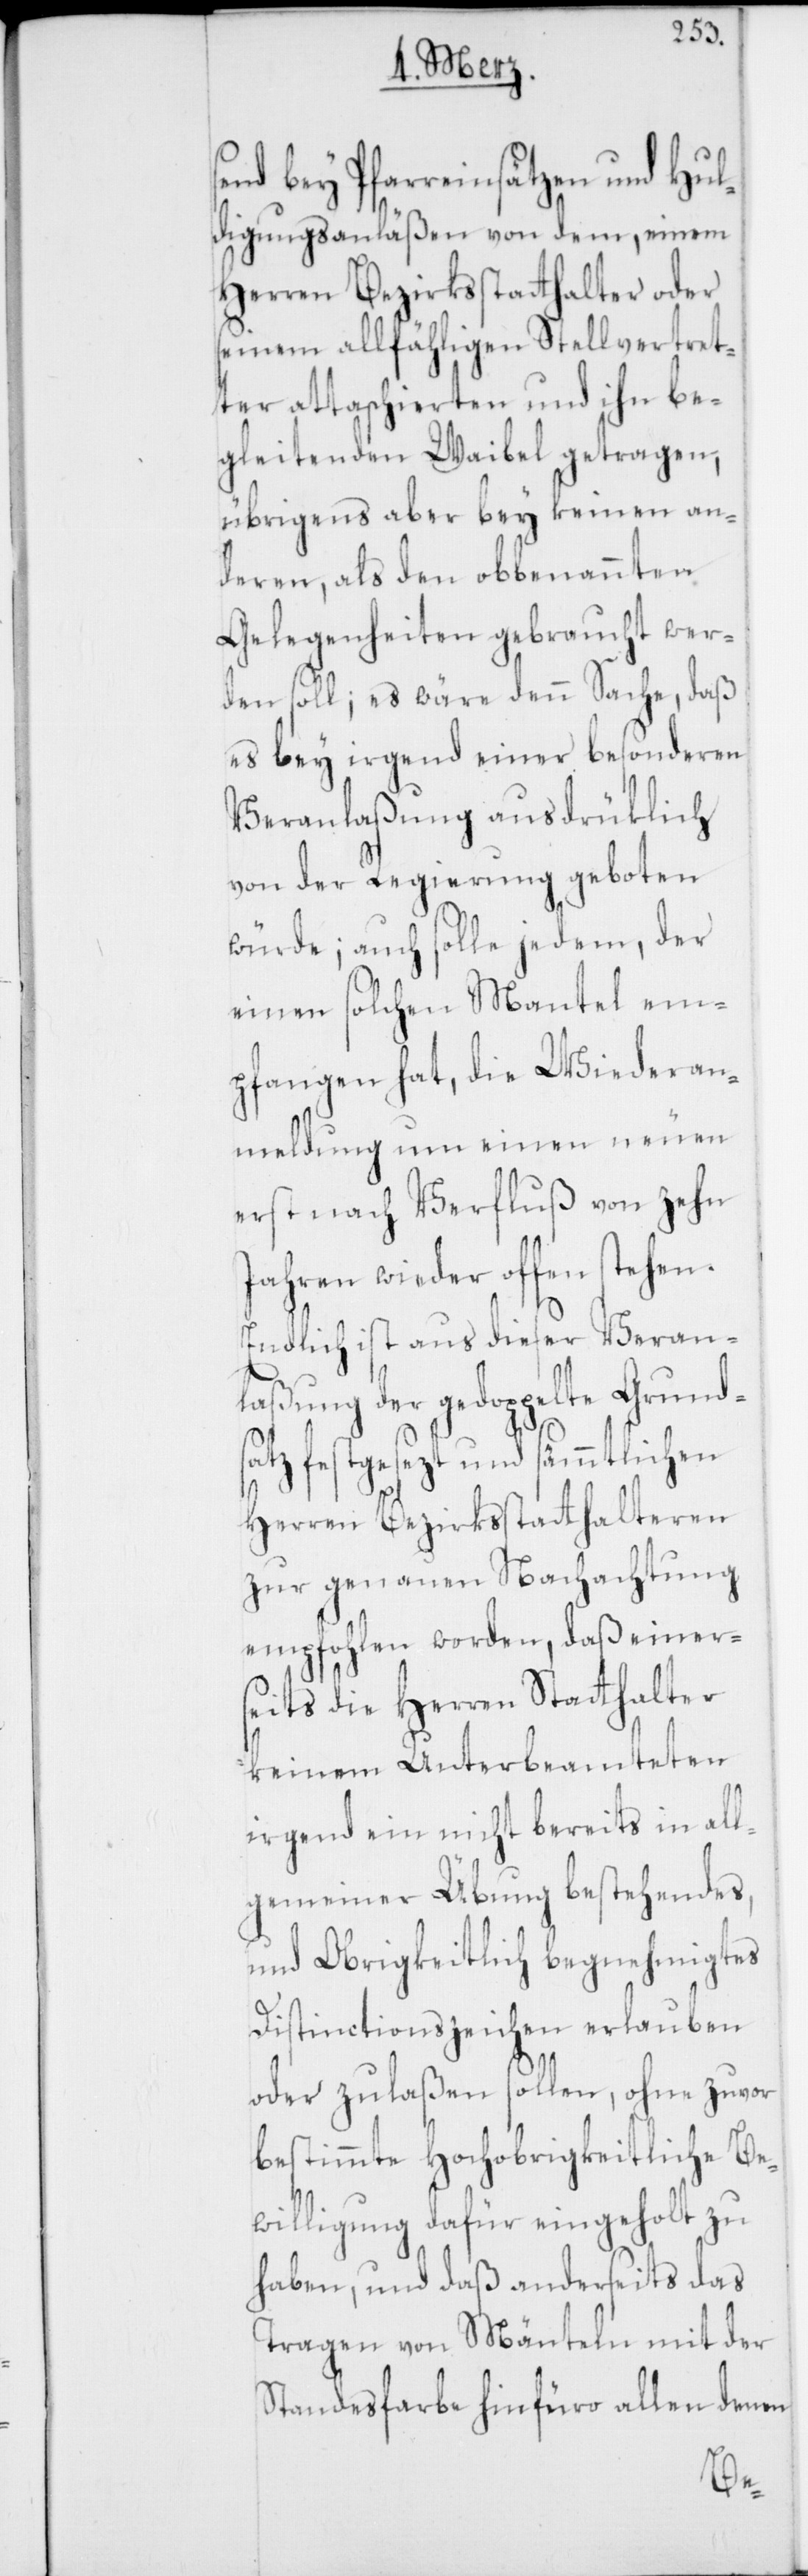
send bey Pfarreinsätzen und Hul¬
digungsanläßen von dem, einem
Herren Bezirksstatthalter oder
seinem allfähligen Stellvertret¬
ter attaphierten und ihn be¬
gleitenden Waibel getragen,
übrigens aber bey keinen an¬
deren, als den obbenannten
Gelegenheiten gebraucht wer¬
den soll; es wäre denn Sache, daß
es bey irgend einer besonderen
Veranlaßung ausdrüklich
von der Regierung geboten
würde; auch solle jedem, der
einen solchen Mantel em¬
pfangen hat, die Wiederan¬
meldung um einen neuen
erst nach Verfluß von zehn
Jahren wieder offen stehen.
Endlich ist aus dieser Veran¬
laßung der gedoppelte Grund¬
satz festgesezt und sämmtlichen
Herren Bezirksstatthalteren
zur genauen Nachachtung
empfohlen worden, daß einer¬
seits die Herren Statthalter
keinem Unterbeamteten
irgend ein nicht bereits in all¬
gemeiner Übung bestehendes,
und Obrigkeitlich begnehmigtes
Distinctionszeichen erlauben
oder zulaßen sollen, ohne zuvor
bestimmte Hochobrigkeitliche Be¬
willigung dafür eingeholt zu
haben, und daß anderseits das
Tragen von Mänteln mit der
Standesfarbe hinfüro allen denen